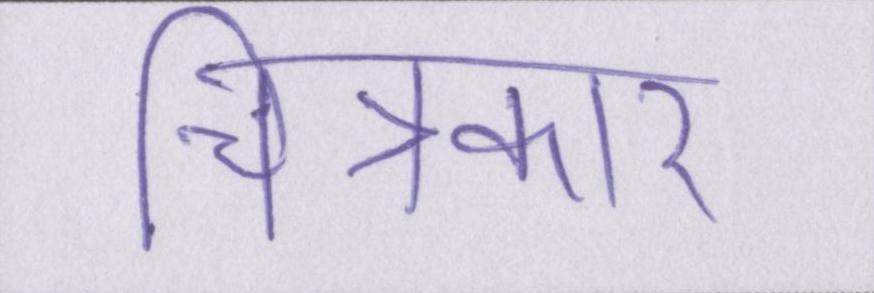
चित्रकार